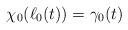
LaTeX: \begin{align*}\chi_0(\ell_0(t)) = \gamma_0(t)\end{align*}